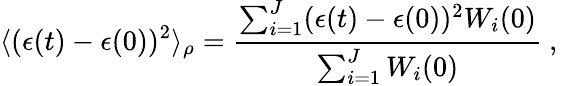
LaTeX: \langle(\epsilon(t)-\epsilon(0))^{2}\rangle_{\rho}=\frac{\sum_{i=1}^{J}(\epsilon(t)-\epsilon(0))^{2}W_{i}(0)}{\sum_{i=1}^{J}W_{i}(0)}\mathrm{~,~}